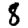
Digit: 8